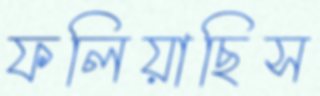
ফলিয়াছিস